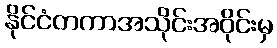
နိုင်ငံတကာအသိုင်းအဝိုင်းမှ